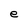
Character: e